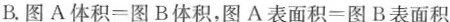
B.$$图 A 体 积 = 图 B 体 积$$，$$图 A 表 面 积 = 图 B 表 面 积$$